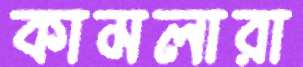
কামলারা